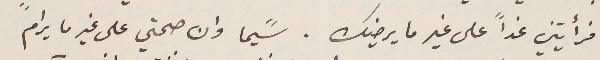
فرأيتني غداً على غير ما يرضيك. سًيما وان صحتي على غير ما يرام